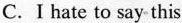
C. I hate to say this